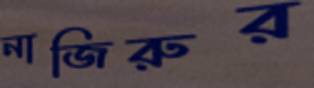
নাজিরুর